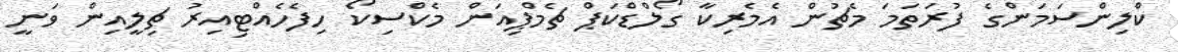
ކްލިންސަމަންގެ ފުރަތަމަ މެޗުން އެމެރިކާ ގޯލްޑްކަޕް ޗެމްޕިއަން މެކްސިކޯ ހިފެހެއްޓިއިރު ޗިލީއިން ވަނީ